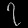
Digit: ၇